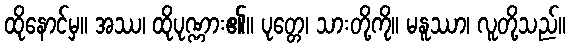
ထိုနောင်မှ။ အဿ၊ ထိုပုဏ္ဏား၏။ ပုတ္တေ၊ သားတို့ကို။ မနူဿာ၊ လူတို့သည်။